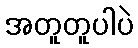
အတူတူပါပဲ